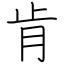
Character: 肯